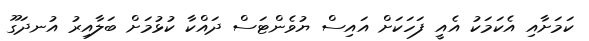
ކަމަށާއި އެކަމަކު އެއީ ފަހަކަށް އައިސް ޔުވެންޓަސް ދައްކާ ކުޅުމަށް ބަލާއިރު އުނދަގޫ